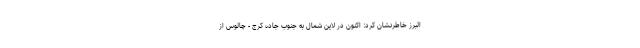
البرز خاطرنشان کرد: اکنون در لاین شمال به جنوب جاده کرج - چالوس از